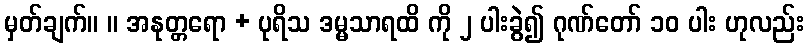
မှတ်ချက်။ ။ အနုတ္တရော + ပုရိသ ဒမ္မသာရထိ ကို ၂ ပါးခွဲ၍ ဂုဏ်တော် ၁၀ ပါး ဟုလည်း